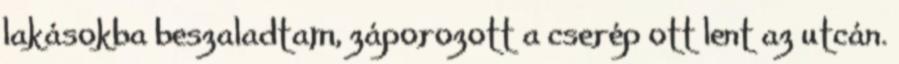
lakásokba beszaladtam, záporozott a cserép ott lent az utcán.